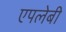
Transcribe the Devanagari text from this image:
एपलेबी